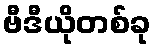
ဗီဒီယိုတစ်ခု